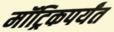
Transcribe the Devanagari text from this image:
मॉट्रिकपर्यंत